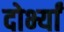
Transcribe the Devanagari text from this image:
दोर्भ्यां